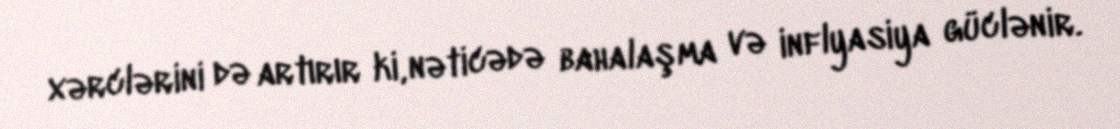
xərclərini də artırır ki, nəticədə bahalaşma və inflyasiya güclənir.